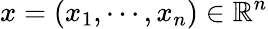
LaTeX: x=(x_{1},\cdots,x_{n})\in\mathbb{R}^{n}